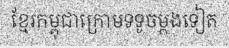
ខ្មែរកម្ពុជាក្រោមទទូចម្តងទៀត